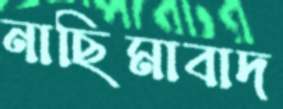
নাছিমাবাদ